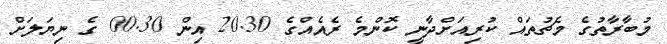
މުބާރާތުގެ މެޗުތައް ކުރިއަށްދާނީ ކޮންމެ ރެއެއްގެ 20.30 އިން 00.30 ގެ ނިޔަލަށް